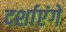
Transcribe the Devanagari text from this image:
दर्शाएंगे